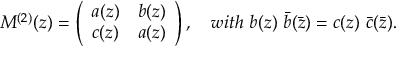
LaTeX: M ^ { ( 2 ) } ( z ) = \left( \begin{array} { c c } { { a ( z ) } } & { { b ( z ) } } \\ { { c ( z ) } } & { { a ( z ) } } \end{array} \right) , \quad w i t h \ b ( z ) \ \bar { b } ( \bar { z } ) = c ( z ) \ \bar { c } ( \bar { z } ) .